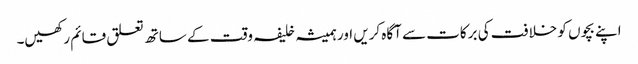
اپنے بچوں کو خلافت کی برکات سے آگاہ کریں اور ہمیشہ خلیفہ وقت کے ساتھ تعلق قائم رکھیں۔